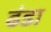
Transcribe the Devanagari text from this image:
ढंडा